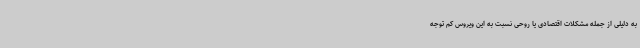
به دلیلی از جمله مشکلات اقتصادی یا روحی نسبت به این ویروس کم توجه